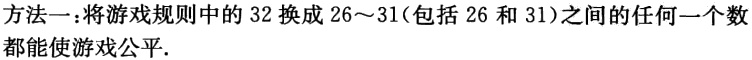
方法一：将游戏规则中的 32 换成 26～31(包括 26 和 31)之间的任何一个数都能使游戏公平.